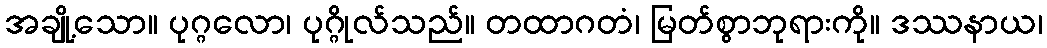
အချို့သော။ ပုဂ္ဂလော၊ ပုဂ္ဂိုလ်သည်။ တထာဂတံ၊ မြတ်စွာဘုရားကို။ ဒဿနာယ၊